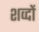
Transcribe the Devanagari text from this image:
शव्‍दों